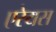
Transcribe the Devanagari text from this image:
एरेयस